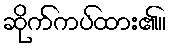
ဆိုက်ကပ်ထား၏။